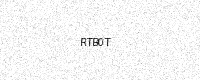
Text: RTB0T